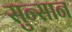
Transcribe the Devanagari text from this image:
सुन्सान